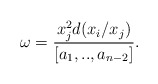
\begin{align*}\omega =\frac{x_j^2 d(x_i/x_j)}{[a_1,..,a_{n-2}]}.\end{align*}